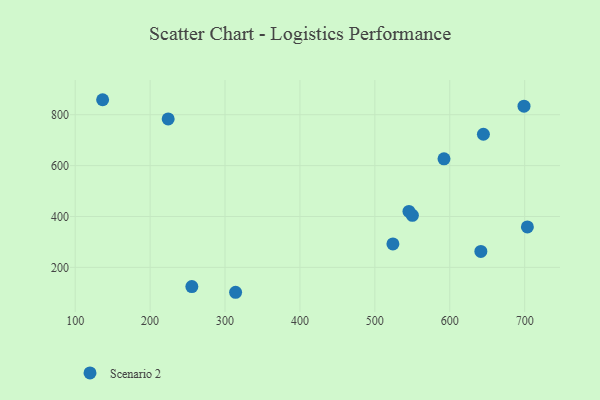
{"axis": {"x": "Study Hours", "y": "Exam Score"}, "legend": ["Scenario 2"], "data": [{"x": "592.3", "y": 626.8, "type": "Scenario 2"}, {"x": "524.1", "y": 292.2, "type": "Scenario 2"}, {"x": "699.1", "y": 833.4, "type": "Scenario 2"}, {"x": "255.7", "y": 124.4, "type": "Scenario 2"}, {"x": "703.6", "y": 358.9, "type": "Scenario 2"}, {"x": "136.6", "y": 858.9, "type": "Scenario 2"}, {"x": "644.9", "y": 723.2, "type": "Scenario 2"}, {"x": "550.1", "y": 404.5, "type": "Scenario 2"}, {"x": "641.5", "y": 262.5, "type": "Scenario 2"}, {"x": "224.1", "y": 783.5, "type": "Scenario 2"}, {"x": "314.1", "y": 102.1, "type": "Scenario 2"}, {"x": "545.5", "y": 419.9, "type": "Scenario 2"}]}